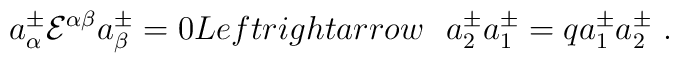
a^\pm_\alpha{\cal E}^{\alpha\beta}a^\pm_\beta =0\ \\Leftrightarrow \ \ a^{\pm}_2a^{\pm}_1=qa^{\pm}_1a^{\pm}_2\ .